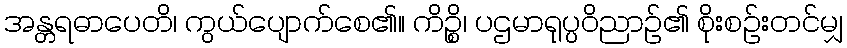
အန္တရဓာပေတိ၊ ကွယ်ပျောက်စေ၏။ ကိဉ္စိ၊ ပဌမာရုပ္ပဝိညာဉ်၏ စိုးစဉ်းတင်မျှ